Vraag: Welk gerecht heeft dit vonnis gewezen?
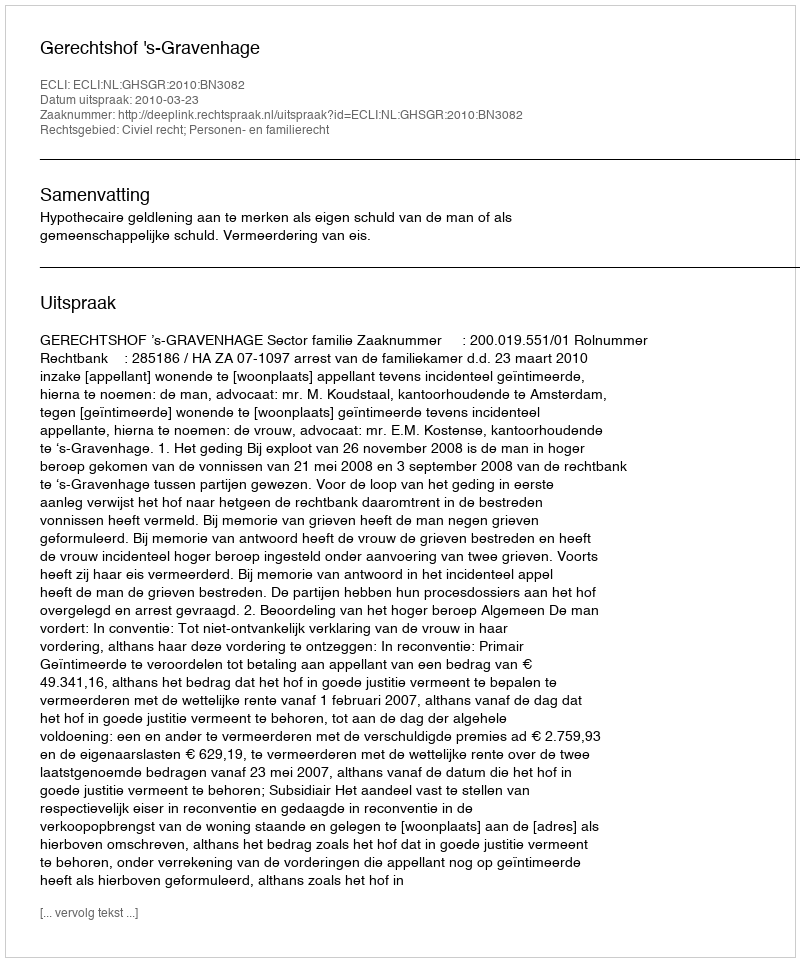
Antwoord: Gerechtshof 's-Gravenhage